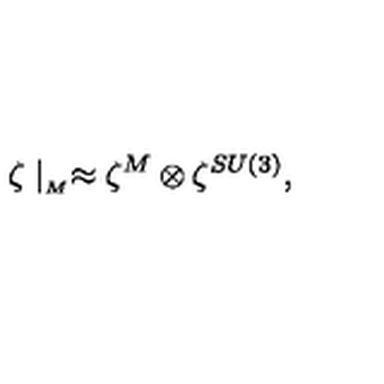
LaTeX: \zeta \mid _ { _ M } \approx \zeta ^ { M } \otimes \zeta ^ { S U ( 3 ) } ,